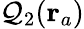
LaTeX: \mathcal{Q}_{2}(\mathbf{{r}}_{a})